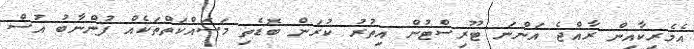
އެމެރިކާއިން ރާއްޖެ އަންނަ ޓޫރިސްޓުން އިތުރު ކުރަން ބޮޑެތި މަސައްކަތްތަކެއް ފުންނާބު އުސް